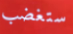
ستغضب